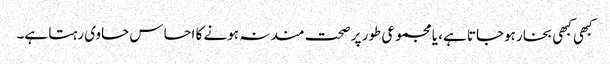
کبھی کبھی بخار ہوجاتا ہے، یا مجموعی طور پر صحت مند نہ ہونے کا احساس حاوی رہتا ہے۔